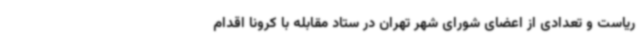
ریاست و تعدادی از اعضای شورای شهر تهران در ستاد مقابله با کرونا اقدام